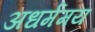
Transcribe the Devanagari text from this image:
अधर्ममय